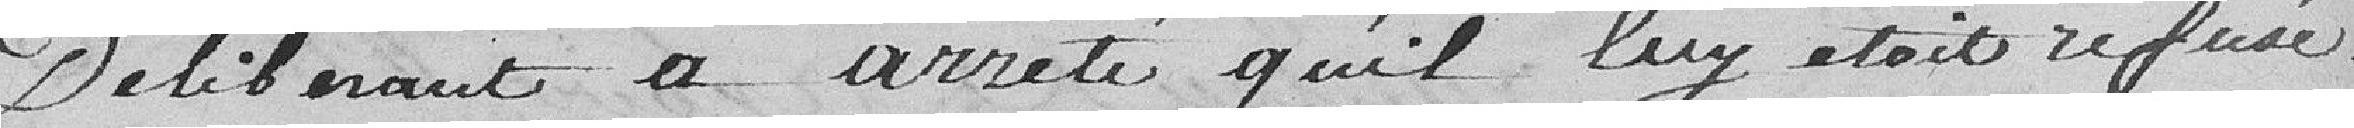
délibérant a arrêté qu'il lui était refusé